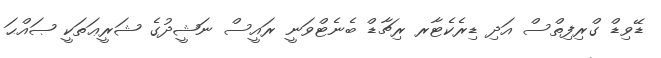
ޑޭވިޑް ގްރިފިތްސް އަދި ޑިރެކެޓާރ ރިޗާޑް ބެނެޓްވަނީ ރައީސް ނަޝީދުގެ ޝަރީޢަތަކީ ޞައްޙަ